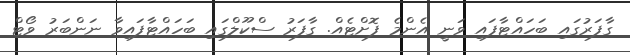
ގާފަރުގައި ބަހައްޓާފައި ވަނީ އެންމެ ފޮށްޓެއް. ގާފަރު ސްކޫލްގައި ބަހައްޓާފައިވާ ނަންބަރު ވޯޓް